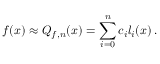
f ( x ) \approx Q _ { f , n } ( x ) = \sum _ { i = 0 } ^ { n } c _ { i } l _ { i } ( x ) \, .